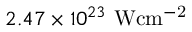
2 . 4 7 \times 1 0 ^ { 2 3 } \mathrm { ~ W c m ^ { - 2 } }